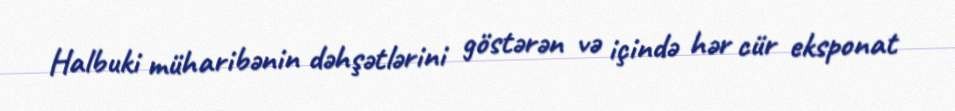
Halbuki müharibənin dəhşətlərini göstərən və içində hər cür eksponat